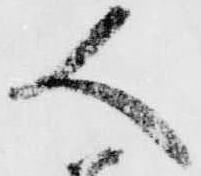
人